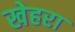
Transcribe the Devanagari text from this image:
खेहरा